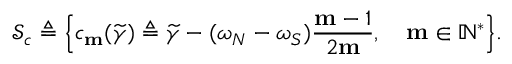
\mathcal { S } _ { c } \triangleq \Big \{ c _ { \mathbf { m } } ( \widetilde { \gamma } ) \triangleq \widetilde { \gamma } - ( \omega _ { N } - \omega _ { S } ) \frac { \mathbf { m } - 1 } { 2 \mathbf { m } } , \quad \mathbf { m } \in \mathbb { N } ^ { * } \Big \} .